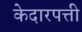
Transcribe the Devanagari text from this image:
केदारपत्ती